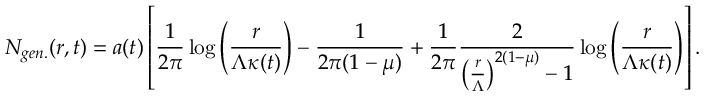
N _ { g e n . } ( r , t ) = a ( t ) \left[ \frac { 1 } { 2 \pi } \log \left( \frac { r } { \Lambda \kappa ( t ) } \right) - \frac { 1 } { 2 \pi ( 1 - \mu ) } + \frac { 1 } { 2 \pi } \frac { 2 } { \left( \frac { r } { \Lambda } \right) ^ { 2 ( 1 - \mu ) } - 1 } \log \left( \frac { r } { \Lambda \kappa ( t ) } \right) \right] .